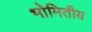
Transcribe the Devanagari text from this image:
भोमितीय